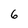
Character: 6